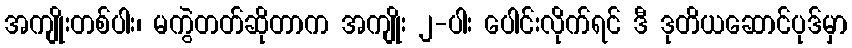
အကျိုးတစ်ပါး၊ မကွဲတတ်ဆိုတာက အကျိုး ၂-ပါး ပေါင်းလိုက်ရင် ဒီ ဒုတိယဆောင်ပုဒ်မှာ